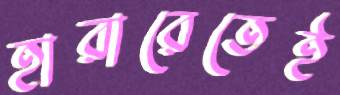
হারারেতেই